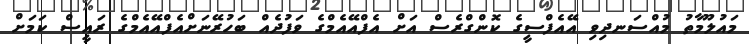
މައުލޫމާތު މުއްސަނދިވި އޭއެފްސީގެ ކޮންގްރެސް އަށް އެފްއޭއެމްގެ ވަފުދެއް ބަހުރޭނަށްއެފްއޭއެމްގެ ރައީސް ކަމަށް